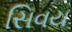
સિવય